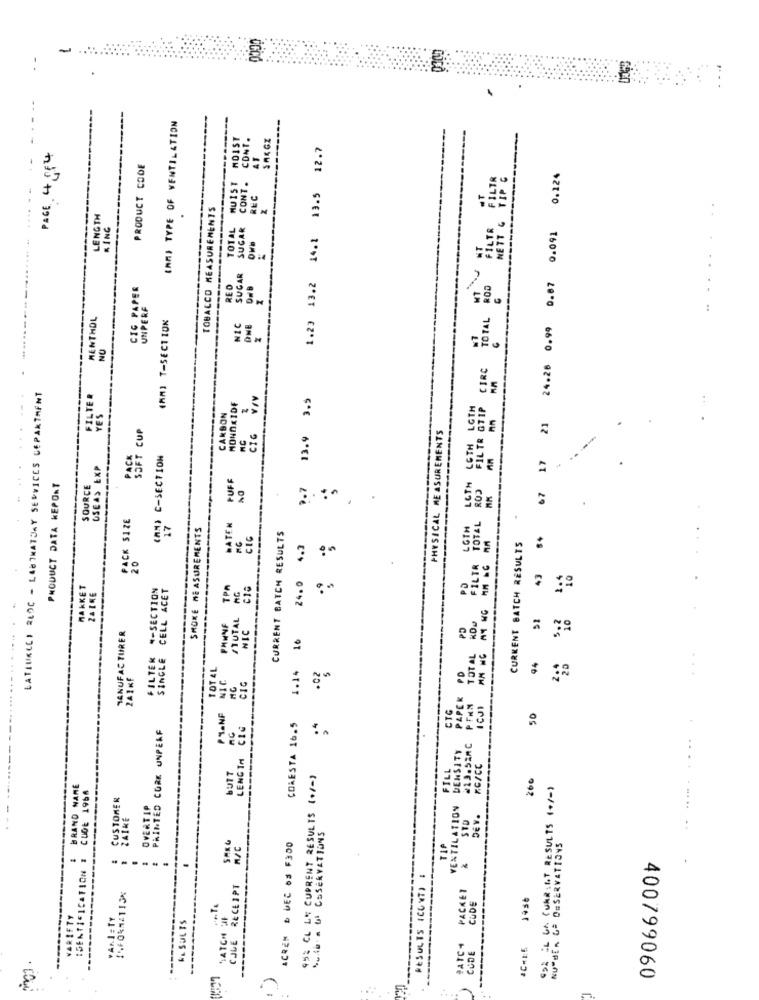
-
--
CAMI TYPE OF VENTILATION
NOIST
CONT.
1.23 13.2 14.1 13.5 12.7
PAGE 4 854
AT
PRODUCT CODE
MUIST
FILTR FILTR
NETT & TIP G
0.124
REC
TOBACCO MEASUREMENTS
LENGTH
RING
TOTAL
SUGAR
21 24.28 0.99 0.87 0.091
----
SUGAR
...
CIG PAPER
RED
UNPERF
1
TOTAL
MENTHOL
(MM) T-SECTION
NIC
DNE
NO
TOTAL ROD FILTR STIP CIRC
LATTUKLEI BLOC - LABTHATDAY SERVICES DEPARTMENT
FILTER
3.5
LGTH
:
YES
CARBON
SOFT CUP
PHYSICAL MEASUREMENTS
CTG
13.9
(AN) C-SECTION
17
OSEAS EXP
PUFF
LGTH
PRODUCT DATA KEPONT
SOURCE
?. 7
67
PACK SIZE
17
SMOKE MEASUREMENTS
HATEN
CURRENT BATCH RESULTS
LGTH
CIG
24.0 4.3
CURKENT BATCH RESULTS
FILTR
43
5.2 1.4
HAKKET
FILTER -SECTION
SINGLE CELL ACET
TPA
cie
PD
/TUTAL
TOTAL RDu
MANUFACTURER
PHWNF
NIC
PD
16
FILTER
TOTAL
1.14
PD
94
241KF
NIC
CIC
PAPEK
CTC
PEAN
ICJI
PLANF
50
PAINTED CORK UNPEAF
CIG
COMESTA 16.5
.4
..
DENSITY
#13.52AC
LENG IM
.... . ..
BUTT
FILL
KG/CC
952 CL LE CURRENT RESULTS (+/-)
260
BRAND NAME
CUDE 1968
CURRENT RESULTS (+/ - )
CUSTOMER
OVERTIP
VENTILATION
FAIRE
DEv.
STO
Sufb- a Ul OBSERVATIONS
SAKG
ACREM DEC $ F300
ATA CE OBSERVATIONS
IDENTIFICATION #
--
RESULTS (CONT) 4
E RECEIPT
PACKET
CUDE
C-LE 1956
VARIETY
VANA = TY
CATCH OF
-------
RESULTS
------
PATC4
CODE
..
400799060